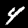
Digit: 4